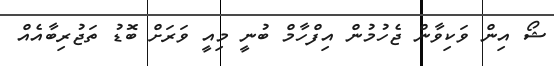
ޝޯ އިން ވަކިވާން ޖެހުމުން އިފްހާމް ބުނީ މިއީ ވަރަށް ބޮޑު ތަޖުރިބާއެއް